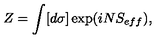
Z = \int [ d \sigma ] \exp ( i N S _ { e f f } ) ,